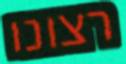
רצונו